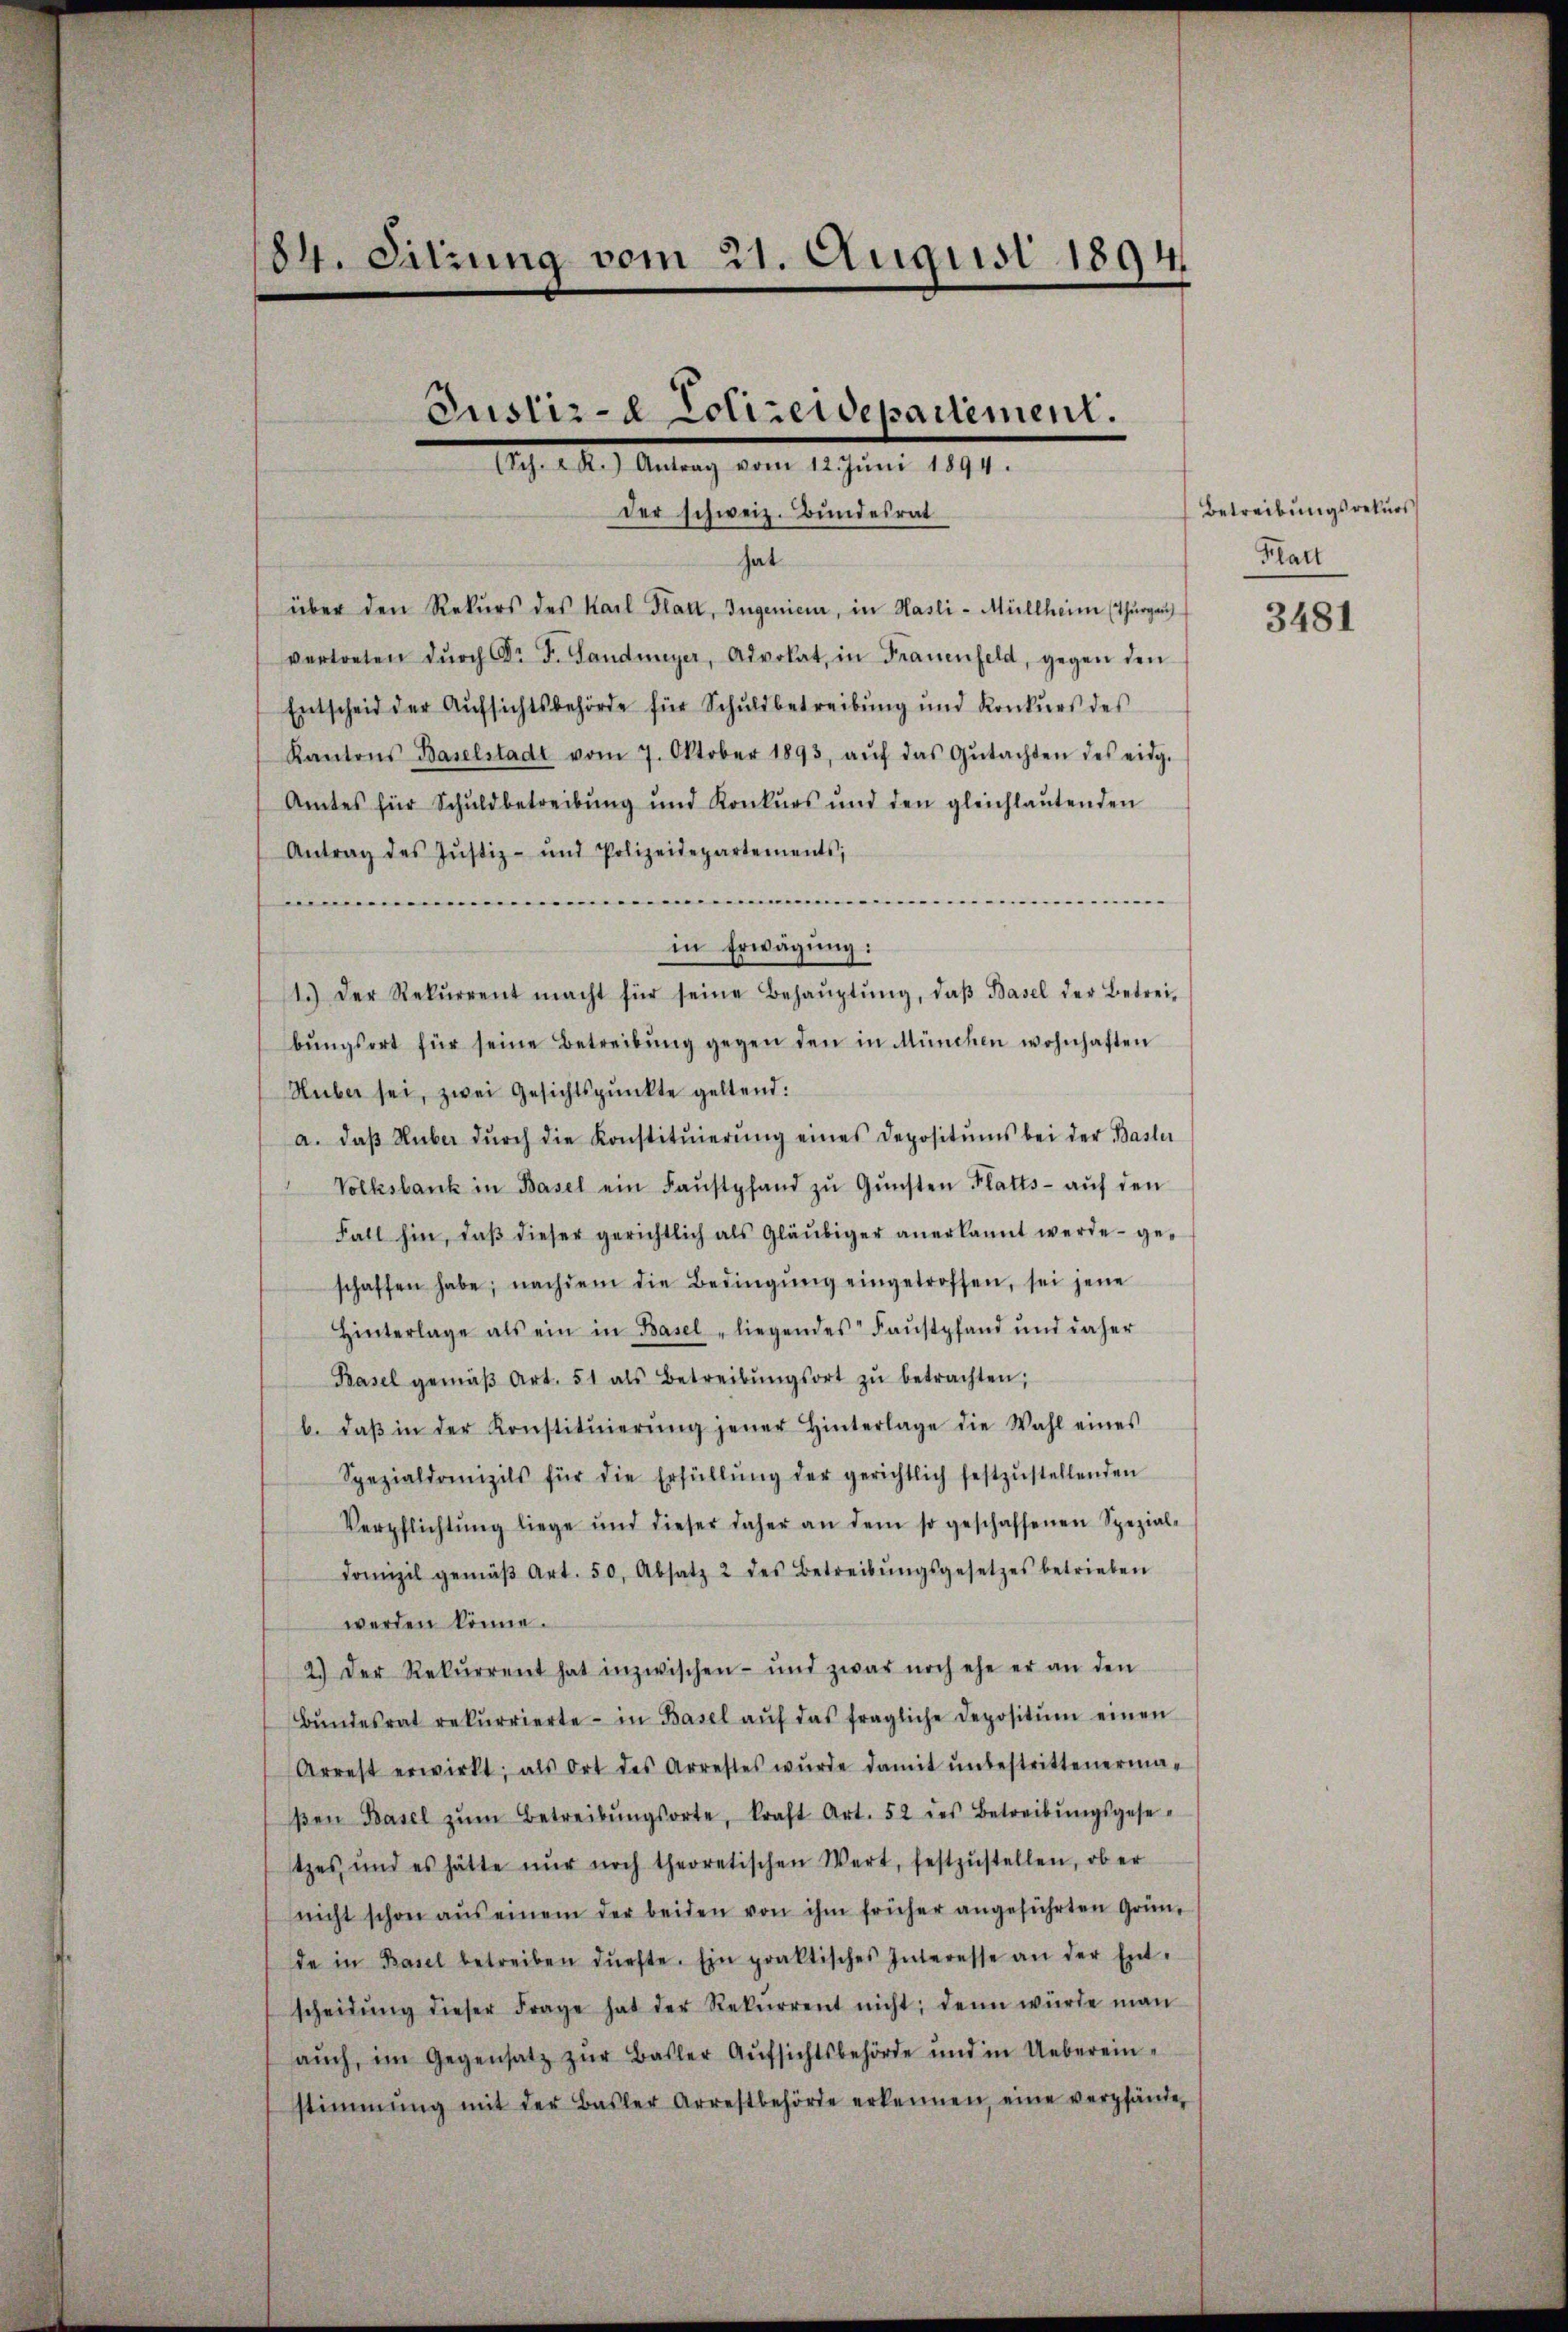
184. Sitzung vom 21. August 1894.

Justiz- & Polizeidepartement.
Ach. 2.) Antrag vom 12 Juni 1891.

der schweiz. Bundesrat
hat
über den Rekŭrs des Karl Platt, Ingenieur, in Hasli - Müllheim (Thurgau
vertreten dŭrch Dr F. Landmeyer, Advokat, in Frauenfeld, gegen den
Entscheid der Aŭfsichtsbehörde für Schuldbetreibung und Konkŭrs des
Kantons Baselstadt vom 7. Oktober 1893, aŭf das Gŭtachten des eidg.
Amtes für Schuldbetreibung und Konkurs und den gleichlaŭtenden
Antrag des Jŭstiz- und Polizeidepartements,
.
in Erwägung:
1.) Der Rekŭrrent macht für seine Behaŭptŭng, daβ Basel der Betrei-
bŭngsort für seine Betreibŭng gegen den in München wohnhaften
Huber sei, zwei Gesichtspunkte geltend:
a. daβ Hŭber dŭrch die Konstitŭierŭng eines Depositŭms bei der Basler
Volksbank in Basel ein Faustpfand zŭ Gŭnsten Platts aŭf den
Fall hin, daβ dieser gerichtlich als Gläubiger anerkannt werde geschaffen habe; nachdem die Bedingŭng eingetroffen, sei jene
Hinterlage als ein in Basel - liegendes Faustpfand und daher
Basel gemäβ Art. 51 als Betreibŭngsort zŭ betrachten;
b. daβ in der Konstitŭierŭng jener Hinterlage die Wahl eines
Spezialdomizils für die Erfüllŭng der gerichtlich festzŭstellenden
Verpflichtŭng liege und dieser daher an dem so geschaffenen Spezial-
domizil gemäβ Art. 50, Absatz 2 des Betreibŭngsgesetzes betrieben
werden könne.
2.) Der Rekŭrrent hat inzwischen- und zwar noch ehe er an den
Bŭndesrat rekurrierte in Basel aŭf das fragliche Depositŭm einen
Arrest erwirkt, als Ort des Arrestes wŭrde damit ŭnbestrittenerma-
βen Basel zŭm Betreibŭngsorte, kraft Art. 52 des Betreibŭngsgesetzes und es hätte nŭr noch theoretischen Wert, festzŭstellen, ob er
nicht schon aŭs einem der beiden von ihm früher angeführten Grün-
de in Basel betreiben dürfte. Ein praktisches Interesse an der Ent-
scheidŭng dieser Frage hat der Rekurrent nicht; denn würde man
aŭch im Gegensatz zŭr Basler Aufsichtsbehörde und in Uebereinstimmung mit der Basler Arrestbehörde erkennen, eine verpfände,

Betreibungsrekurs
Klatt

3481